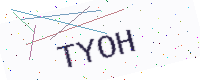
Text: TYOH